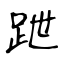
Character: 跇